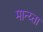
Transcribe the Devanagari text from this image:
मान्य्ता